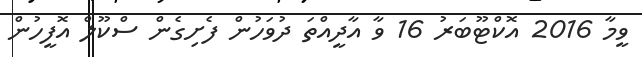
ވީމާ 2016 އޮކްޓޫބަރު 16 ވާ އާދީއްތަ ދުވަހުން ފެށިގެން ސްކޫލް އޮފީހުން